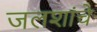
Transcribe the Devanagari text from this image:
जलशांचे